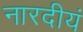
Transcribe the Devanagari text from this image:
नारदीयं